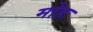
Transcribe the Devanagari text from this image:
मोहः